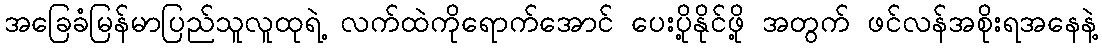
အခြေခံမြန်မာပြည်သူလူထုရဲ့ လက်ထဲကိုရောက်အောင် ပေးပို့နိုင်ဖို့ အတွက် ဖင်လန်အစိုးရအနေနဲ့